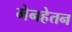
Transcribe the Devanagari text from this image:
मेनहेतन